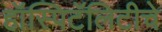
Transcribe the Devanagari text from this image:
हॉस्पिटॅलिटीचे